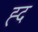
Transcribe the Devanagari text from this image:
ह्द